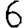
Digit: 6